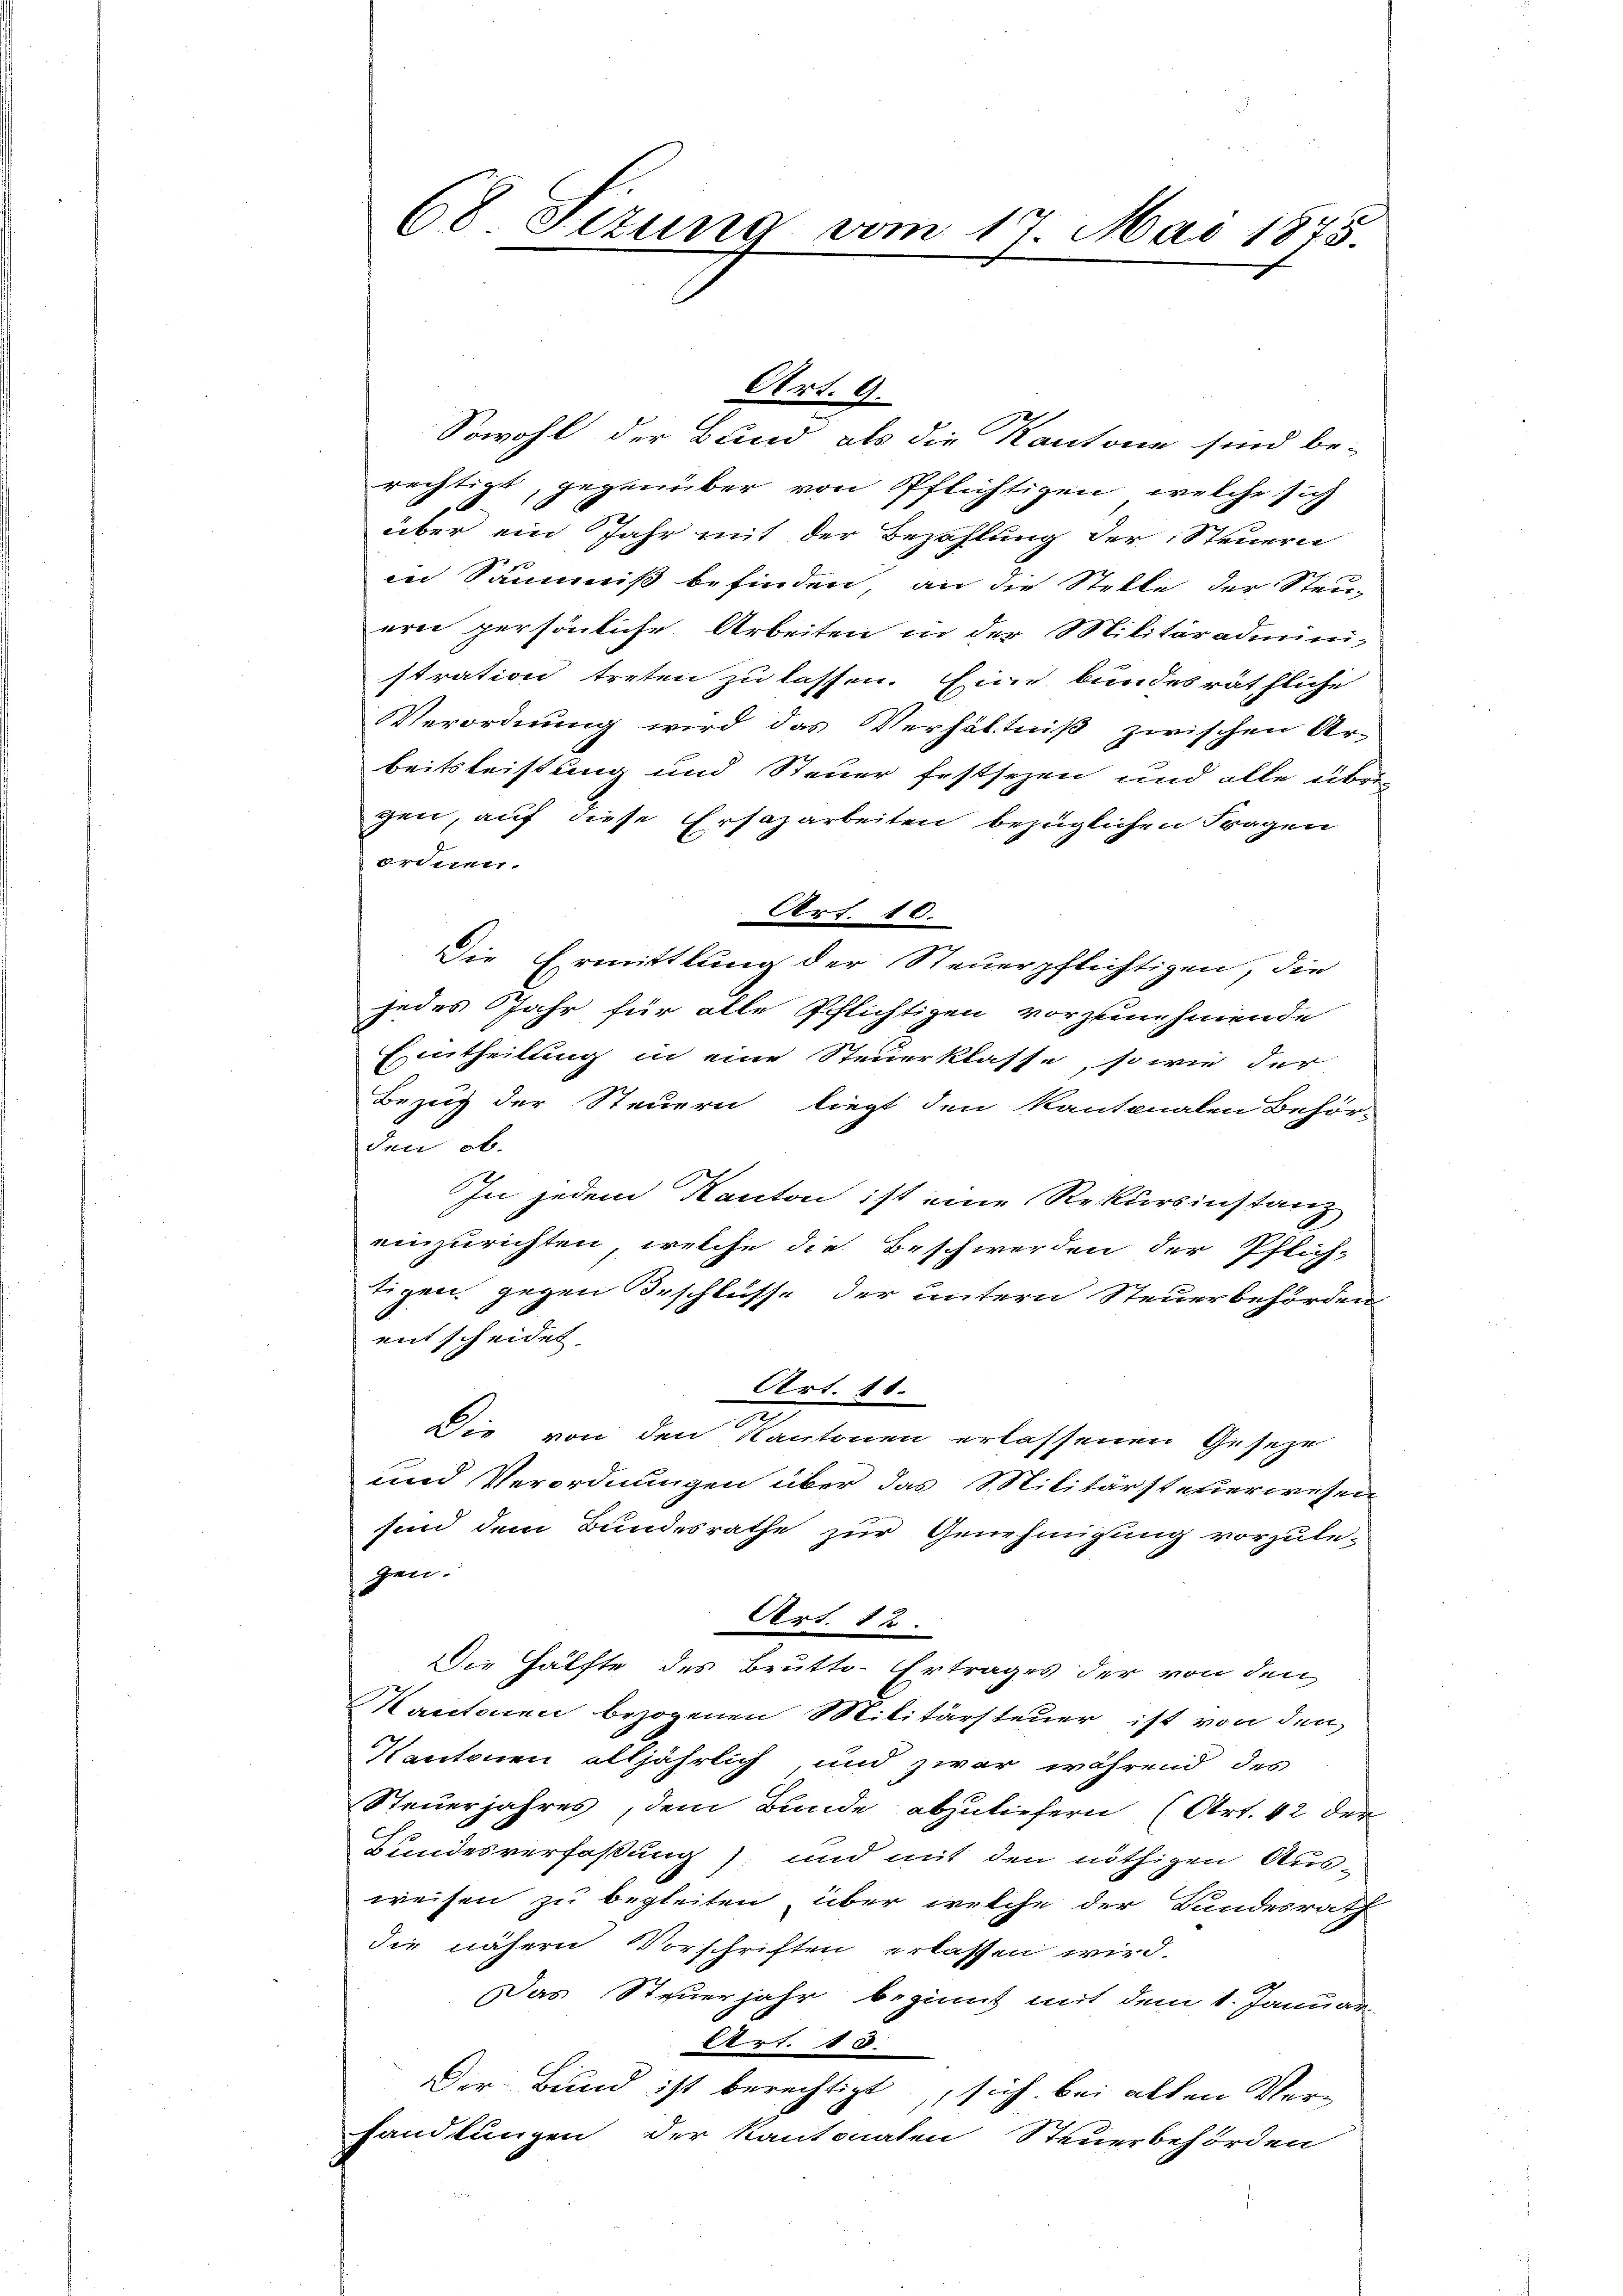
68 Sizung vom 17. Mai 1875.

Sowohl der Bund als die Kantone sind be-
rechtigt, gegenüber von Pflichtigen, welche sich
über ein Jahr mit der Bezahlung der Steuern
in Säumiß befinden, an die Stelle der Steuerei persönliche Arbeiten in der Militäradmini-
stration treten zu lassen. Ein bundes räthliche
Verordnung wird das Verhältniß zwischen Ar-
beitsleistung und Steuer festsezen und alle übrigen, auf diese Ersazarbeiten bezüglichen Fragen
ernen.
Art. 10.
Die Ermittlung der Steuerpflichtigen, die
jedes Jahr für alle Pflichtigen vorzunehmende
Eintheilung in eine Steuerklasse, so wie der
Bezug der Steuern liegt den Kantonalen Behör-
den ob.
In jedem Kanton ist eine Rekursinstanz
einzurichten, welche die Beschwerden der Pflichtigen, gegen Beschlüsse der untern Steuerbehörden
entscheidet.
Art. 11.
2
Die von den Kantonen erlassenen Geseze
und Verordnungen über das Militärsteuerwesen
sind dem Bundesrathe zur Genehmigung vorzule-
gen.
Art. 12.
Die Hälfte des Brutto-Ertrages der von den
KKantonen bezogenen Militärsteuer ist von den
Kantonen alljährlich und zwar während des
Steuerjahres, dem Bunde abzuliefern (Art. 42 der
Bundesverfaßung) und mit den nöthigen Aus-
weisen zu begleiten, über welche der Landesrath
die nähern Vorschriften erlassen wird.
Das Steuerjahr beginnt mit dem 1. Januar
Art. 15.
Der Bund ist berechtigt, sich bei allen Verhandlungen der Kantonaten Steuerbehörden

Art. 9.